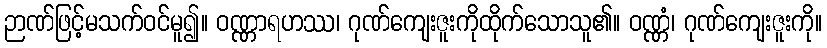
ဉာဏ်ဖြင့်မသက်ဝင်မူ၍။ ဝဏ္ဏာရဟဿ၊ ဂုဏ်ကျေးဇူးကိုထိုက်သောသူ၏။ ဝဏ္ဏံ၊ ဂုဏ်ကျေးဇူးကို။